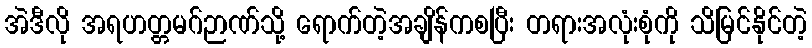
အဲဒီလို အရဟတ္တမဂ်ဉာဏ်သို့ ရောက်တဲ့အချိန်ကစပြီး တရားအလုံးစုံကို သိမြင်နိုင်တဲ့